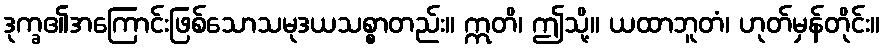
ဒုက္ခ၏အကြောင်းဖြစ်သောသမုဒယသစ္စာတည်း။ ဣတိ၊ ဤသို့။ ယထာဘူတံ၊ ဟုတ်မှန်တိုင်း။